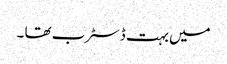
میں بہت ڈسٹرب تھا ۔